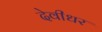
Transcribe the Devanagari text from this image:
देवीधर